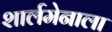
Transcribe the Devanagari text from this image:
शार्लमेनाला